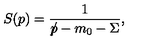
S ( p ) = \frac { 1 } { p \! \! \! / - m _ { 0 } - \Sigma } ,